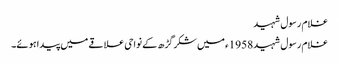
غلام رسول شہید
غلام رسول شہید 1958ء میں شکر گڑھ کے نواحی علاقے میں پیدا ہوئے۔